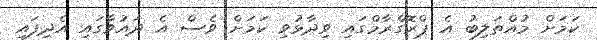
ކަމަށް މުއްތަލިބު އެ ޕްރޮގްރާމްގައި ވިދާޅުވި ކަމަށް ވެސް އެ ދައުވާގައި އެދިފައި